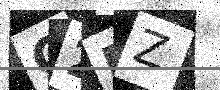
Text: G2FZ